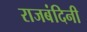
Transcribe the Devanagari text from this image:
राजबंदिनी